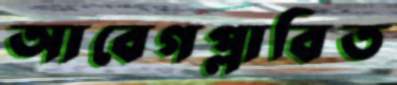
আবেগপ্লাবিত